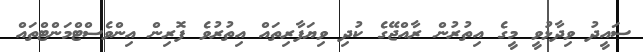
ސައީދު ވިދާޅުވީ މީގެ އިތުރުން ރާއްޖޭގެ ކުދި ވިޔަފާރިތައް އިތުރުވެ ފޮރިން އިންވެސްޓްމަންޓްތައް